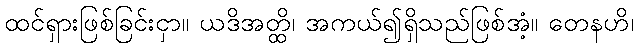
ထင်ရှားဖြစ်ခြင်းငှာ။ ယဒိအတ္ထိ၊ အကယ်၍ရှိသည်ဖြစ်အံ့။ တေနဟိ၊